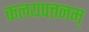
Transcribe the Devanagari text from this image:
कलयपत्तनम्